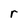
Character: r